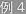
例4